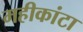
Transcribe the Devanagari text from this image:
महीकांटा